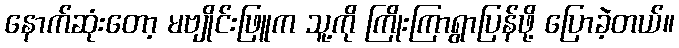
နောက်ဆုံးတော့ မဗျိုင်းဖြူက သူ့ကို ကြိုးကြာရွာပြန်ဖို့ ပြောခဲ့တယ်။